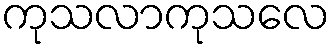
ကုသလာကုသလေ